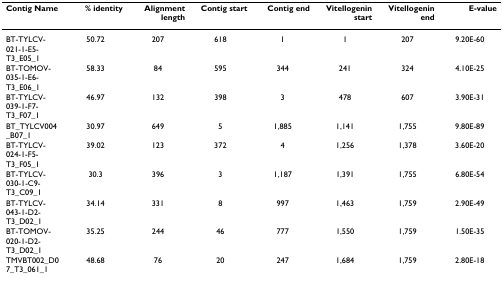
<table><thead><tr><td><b>Contig Name</b></td><td><b>% identity</b></td><td><b>Alignment length</b></td><td><b>Contig start</b></td><td><b>Contig end</b></td><td><b>Vitellogenin start</b></td><td><b>Vitellogenin end</b></td><td><b>E-value</b></td></tr></thead><tbody><tr><td>BT-TYLCV-021-1-E5-T3_E05_1</td><td>50.72</td><td>207</td><td>618</td><td>1</td><td>1</td><td>207</td><td>9.20E-60</td></tr><tr><td>BT-TOMOV-035-1-E6-T3_E06_1</td><td>58.33</td><td>84</td><td>595</td><td>344</td><td>241</td><td>324</td><td>4.10E-25</td></tr><tr><td>BT-TYLCV-039-1-F7-T3_F07_1</td><td>46.97</td><td>132</td><td>398</td><td>3</td><td>478</td><td>607</td><td>3.90E-31</td></tr><tr><td>BT_TYLCV004_B07_1</td><td>30.97</td><td>649</td><td>5</td><td>1,885</td><td>1,141</td><td>1,755</td><td>9.80E-89</td></tr><tr><td>BT-TYLCV-024-1-F5-T3_F05_1</td><td>39.02</td><td>123</td><td>372</td><td>4</td><td>1,256</td><td>1,378</td><td>3.60E-20</td></tr><tr><td>BT-TYLCV-030-1-C9-T3_C09_1</td><td>30.3</td><td>396</td><td>3</td><td>1,187</td><td>1,391</td><td>1,755</td><td>6.80E-54</td></tr><tr><td>BT-TYLCV-043-1-D2-T3_D02_1</td><td>34.14</td><td>331</td><td>8</td><td>997</td><td>1,463</td><td>1,759</td><td>2.90E-49</td></tr><tr><td>BT-TOMOV-020-1-D2-T3_D02_1</td><td>35.25</td><td>244</td><td>46</td><td>777</td><td>1,550</td><td>1,759</td><td>1.50E-35</td></tr><tr><td>TMVBT002_D07_T3_061_1</td><td>48.68</td><td>76</td><td>20</td><td>247</td><td>1,684</td><td>1,759</td><td>2.80E-18</td></tr></tbody></table>